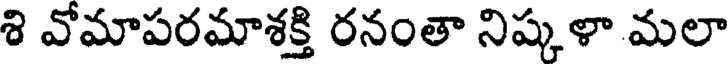
శి వోమాపరమాశక్తి రనంతా నిష్కళా మలా